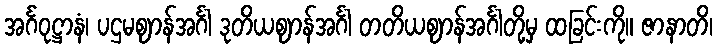
အင်္ဂဝုဋ္ဌာနံ၊ ပဌမဈာန်အင်္ဂါ ဒုတိယဈာန်အင်္ဂါ တတိယဈာန်အင်္ဂါတို့မှ ထခြင်းကို။ ဇာနာတိ၊